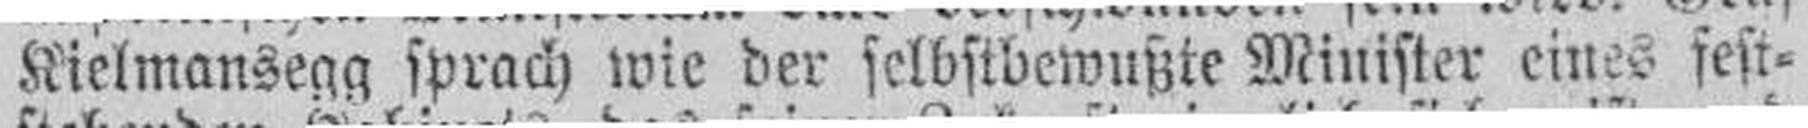
Kielmansegg sprach wie der selbstbewußte Minister eines fest¬